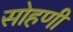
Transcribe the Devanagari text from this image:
सोहणी